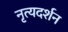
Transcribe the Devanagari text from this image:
नृत्यदर्शन